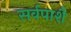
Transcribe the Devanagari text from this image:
सर्वपाशै